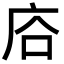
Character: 𢈁